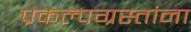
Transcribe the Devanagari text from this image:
प्रकल्पग्रस्तांना